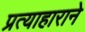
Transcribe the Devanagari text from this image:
प्रत्याहाराने